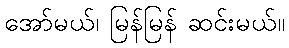
အော်မယ်၊ မြန်မြန် ဆင်းမယ်။